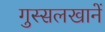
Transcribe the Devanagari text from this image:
गुस्सलखानें